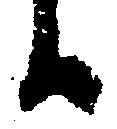
候